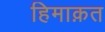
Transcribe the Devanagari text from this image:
हिमाक़त